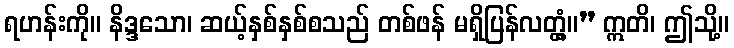
ရဟန်းကို။ နိဒ္ဒသော၊ ဆယ့်နှစ်နှစ်စသည် တစ်ဖန် မရှိပြန်လတ္တံ့။” ဣတိ၊ ဤသို့။